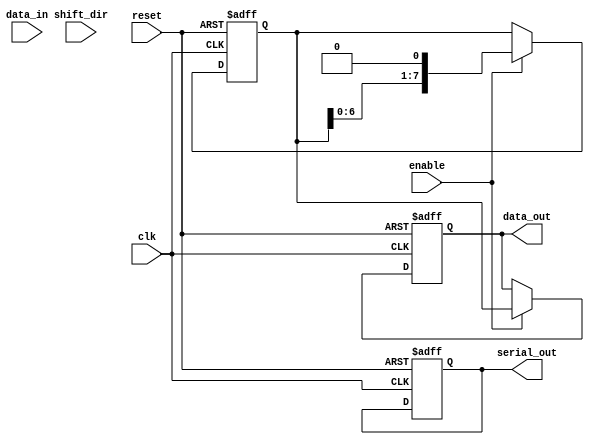
module ParameterizedShiftRegister #(
    parameter DATA_WIDTH = 8, // Default data width
    parameter MODE = "SIPO"    // Default mode: SIPO, PISO, or SHIFT
)(
    input wire clk,
    input wire reset,
    input wire [DATA_WIDTH-1:0] data_in, // Parallel input for PISO
    input wire shift_dir, // 0 for left shift, 1 for right shift
    input wire enable,
    output reg [DATA_WIDTH-1:0] data_out, // Parallel output for SIPO
    output reg serial_out // Serial output for PISO
);

    reg [DATA_WIDTH-1:0] shift_reg; // Internal shift register

    always @(posedge clk or posedge reset) begin
        if (reset) begin
            shift_reg <= 0;
            data_out <= 0;
            serial_out <= 0;
        end else if (enable) begin
            case (MODE)
                "PISO": begin
                    // Load parallel data into the register
                    shift_reg <= data_in;
                    // Shift out serially
                    serial_out <= shift_reg[DATA_WIDTH-1]; // Output MSB
                    shift_reg <= {shift_reg[DATA_WIDTH-2:0], 1'b0}; // Shift left
                end
                
                "SIPO": begin
                    // Shift serial data into the register
                    shift_reg <= {shift_reg[DATA_WIDTH-2:0], 1'b0}; // Shift left
                    data_out <= shift_reg; // Output current register state
                end

                "SHIFT": begin
                    if (shift_dir == 1'b0) begin
                        // Left shift
                        shift_reg <= {shift_reg[DATA_WIDTH-2:0], 1'b0};
                    end else begin
                        // Right shift
                        shift_reg <= {1'b0, shift_reg[DATA_WIDTH-1:1]};
                    end
                end
                
                default: begin
                    // Default case: do nothing
                end
            endcase
        end
    end
endmodule